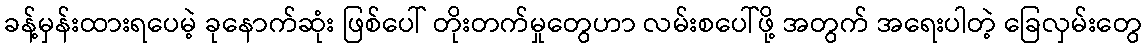
ခန့်မှန်းထားရပေမဲ့ ခုနောက်ဆုံး ဖြစ်ပေါ် တိုးတက်မှုတွေဟာ လမ်းစပေါ်ဖို့ အတွက် အရေးပါတဲ့ ခြေလှမ်းတွေ